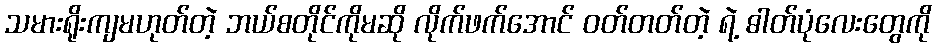
သမားရိုးကျမဟုတ်တဲ့ ဘယ်စတိုင်ကိုမဆို လိုက်ဖက်အောင် ဝတ်တတ်တဲ့ ရဲ့ ဓါတ်ပုံလေးတွေကို